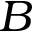
B